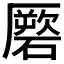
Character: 𥕳